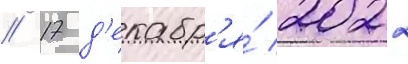
// 17 д'екабр'я́ 2022